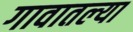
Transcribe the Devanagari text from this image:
गावातल्‍या